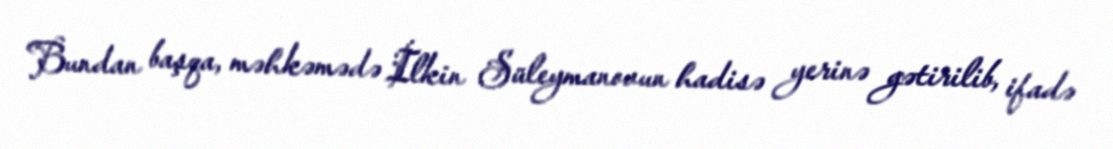
Bundan başqa, məhkəmədə İlkin Süleymanovun hadisə yerinə gətirilib, ifadə